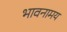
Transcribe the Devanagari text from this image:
भावनामय